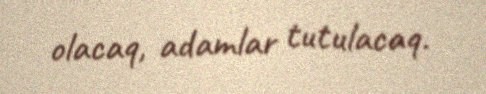
olacaq, adamlar tutulacaq.